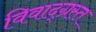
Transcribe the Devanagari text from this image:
विवाद्ग्रस्त